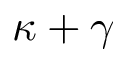
\kappa + \gamma